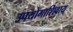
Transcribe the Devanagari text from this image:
उपयोगाशिवाय